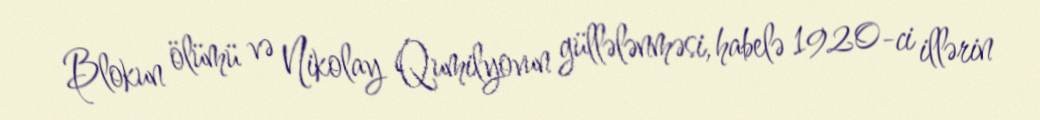
Blokun ölümü və Nikolay Qumilyovun güllələnməsi, habelə 1920-ci illərin